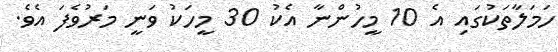
ހަމަލާތަކުގައި އެ 10 މީހުންނާ އެކު 30 މީހަކު ވަނީ މަރުވެފަ އެވެ.